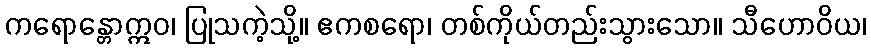
ကရောန္တောဣဝ၊ ပြုသကဲ့သို့။ ဧကစရော၊ တစ်ကိုယ်တည်းသွားသော။ သီဟောဝိယ၊